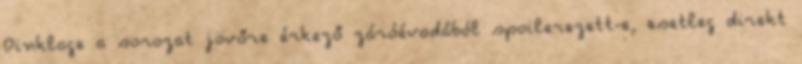
Dinklage a sorozat jövőre érkező záróévadából spoilerezett-e, esetleg direkt